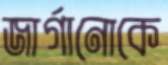
জার্গানোকে